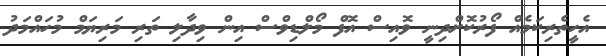
އެހީތެރިކަމެއް ފޯރުކޮށްދިނީ ވޮއިސް އޮފް މޯލްޑިވްސް އިން ވިދާލި ތަރި މަރިޔަމް މުހައްމަދު